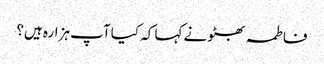
فاطمہ بھٹو نے کہا کہ کیا آپ ہزارہ ہیں؟